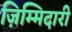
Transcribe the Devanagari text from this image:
ज़िम्मिदारी